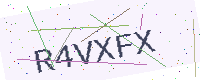
Text: R4VXFX